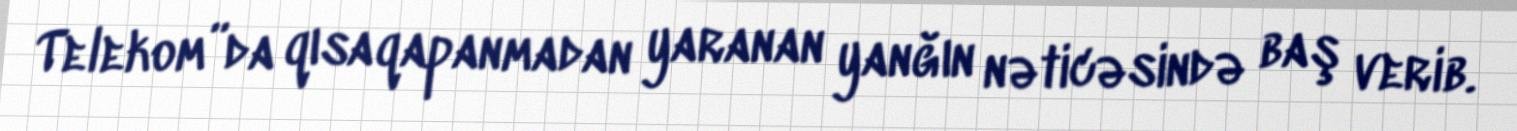
Telekom”da qısaqapanmadan yaranan yanğın nəticəsində baş verib.